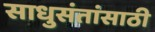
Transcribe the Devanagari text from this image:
साधुसंतांसाठी